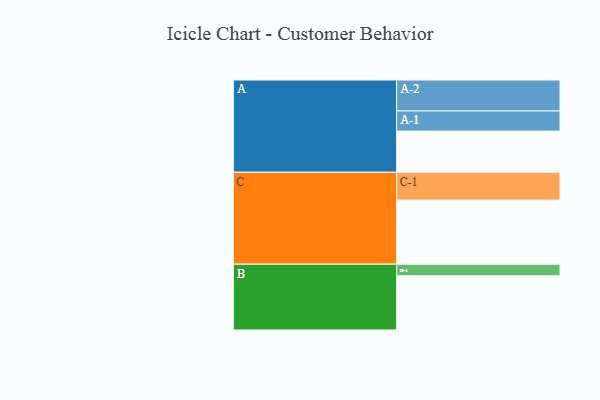
{"axis": {"x": "Segment", "y": "Value"}, "legend": ["", "A", "B", "C"], "data": [{"x": "A", "y": 367, "type": ""}, {"x": "B", "y": 483, "type": ""}, {"x": "C", "y": 572, "type": ""}, {"x": "A-1", "y": 180, "type": "A"}, {"x": "A-2", "y": 276, "type": "A"}, {"x": "B-1", "y": 104, "type": "B"}, {"x": "C-1", "y": 248, "type": "C"}]}